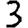
Digit: 3